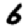
Digit: 6